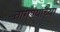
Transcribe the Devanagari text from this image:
तागण्याच्या